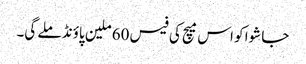
جا شوا کو اس میچ کی فیس 60 ملین پاؤنڈ ملے گی۔